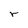
Character: r